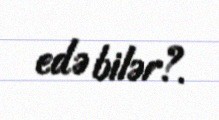
edə bilər?.